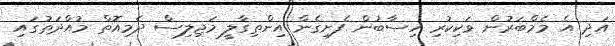
އަދި އެ މެމްބަރުން ވަކިކުރި ހިސާބުން ފެށިގެން އިންތިގާލީ މަޖިލިސް ދެމިއޮތް މުއްދަތުގައި